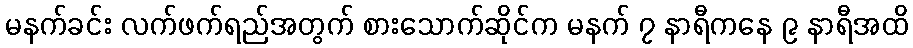
မနက်ခင်း လက်ဖက်ရည်အတွက် စားသောက်ဆိုင်က မနက် ၇ နာရီကနေ ၉ နာရီအထိ